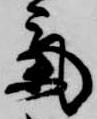
気